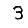
Digit: 3